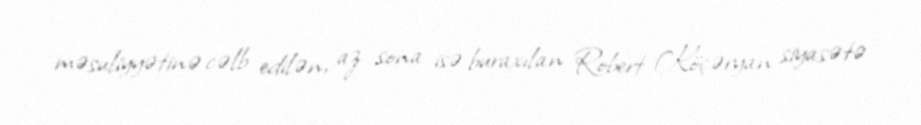
məsuliyyətinə cəlb edilən, az sona isə buraxılan Robert Köçəryan siyasətə